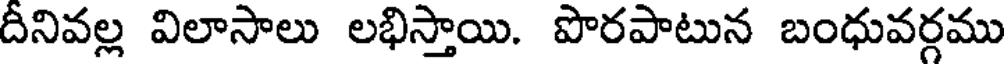
దీనివల్ల విలాసాలు లభిస్తాయి. పొరపాటున బంధువర్గము